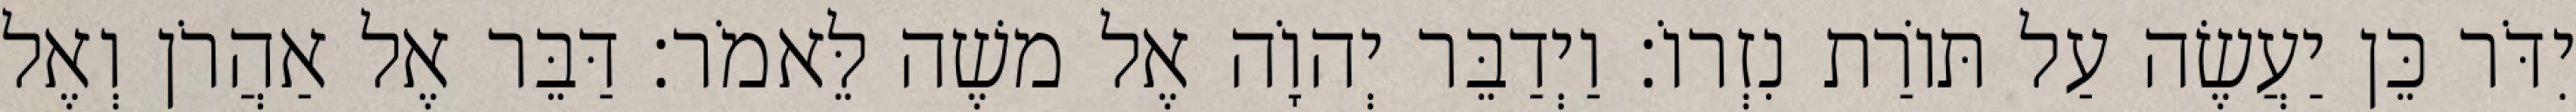
יִדֹּר כֵּן יַעֲשֶׂה עַל תּוֹרַת נִזְרוֹ׃ וַיְדַבֵּר יְהוָֹה אֶל משֶׁה לֵּאמֹר׃ דַּבֵּר אֶל אַהֲרֹן וְאֶל